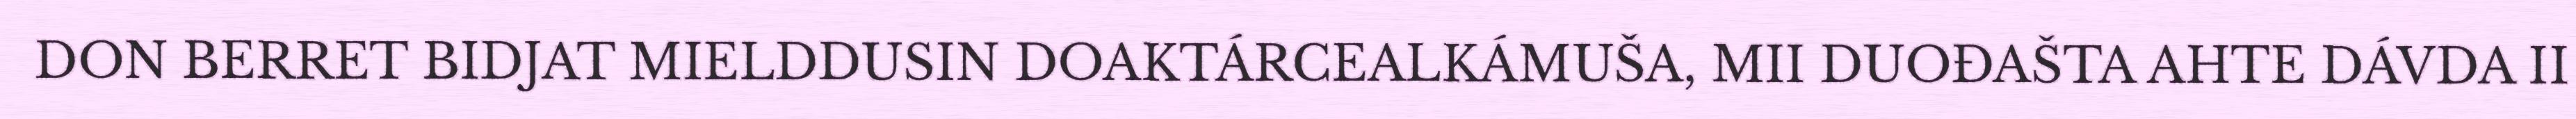
DON BERRET BIDJAT MIELDDUSIN DOAKTÁRCEALKÁMUŠA, MII DUOĐAŠTA AHTE DÁVDA II